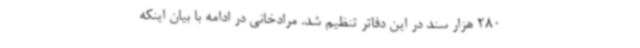
280 هزار سند در این دفاتر تنظیم شد. مرادخانی در ادامه با بیان اینکه